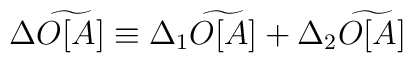
\Delta \widetilde{O[A]}\equiv \Delta _{1}\widetilde{O[A]}+\Delta _{2}\widetilde{O[A]}